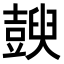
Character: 𧰇